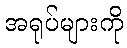
အရုပ်များကို